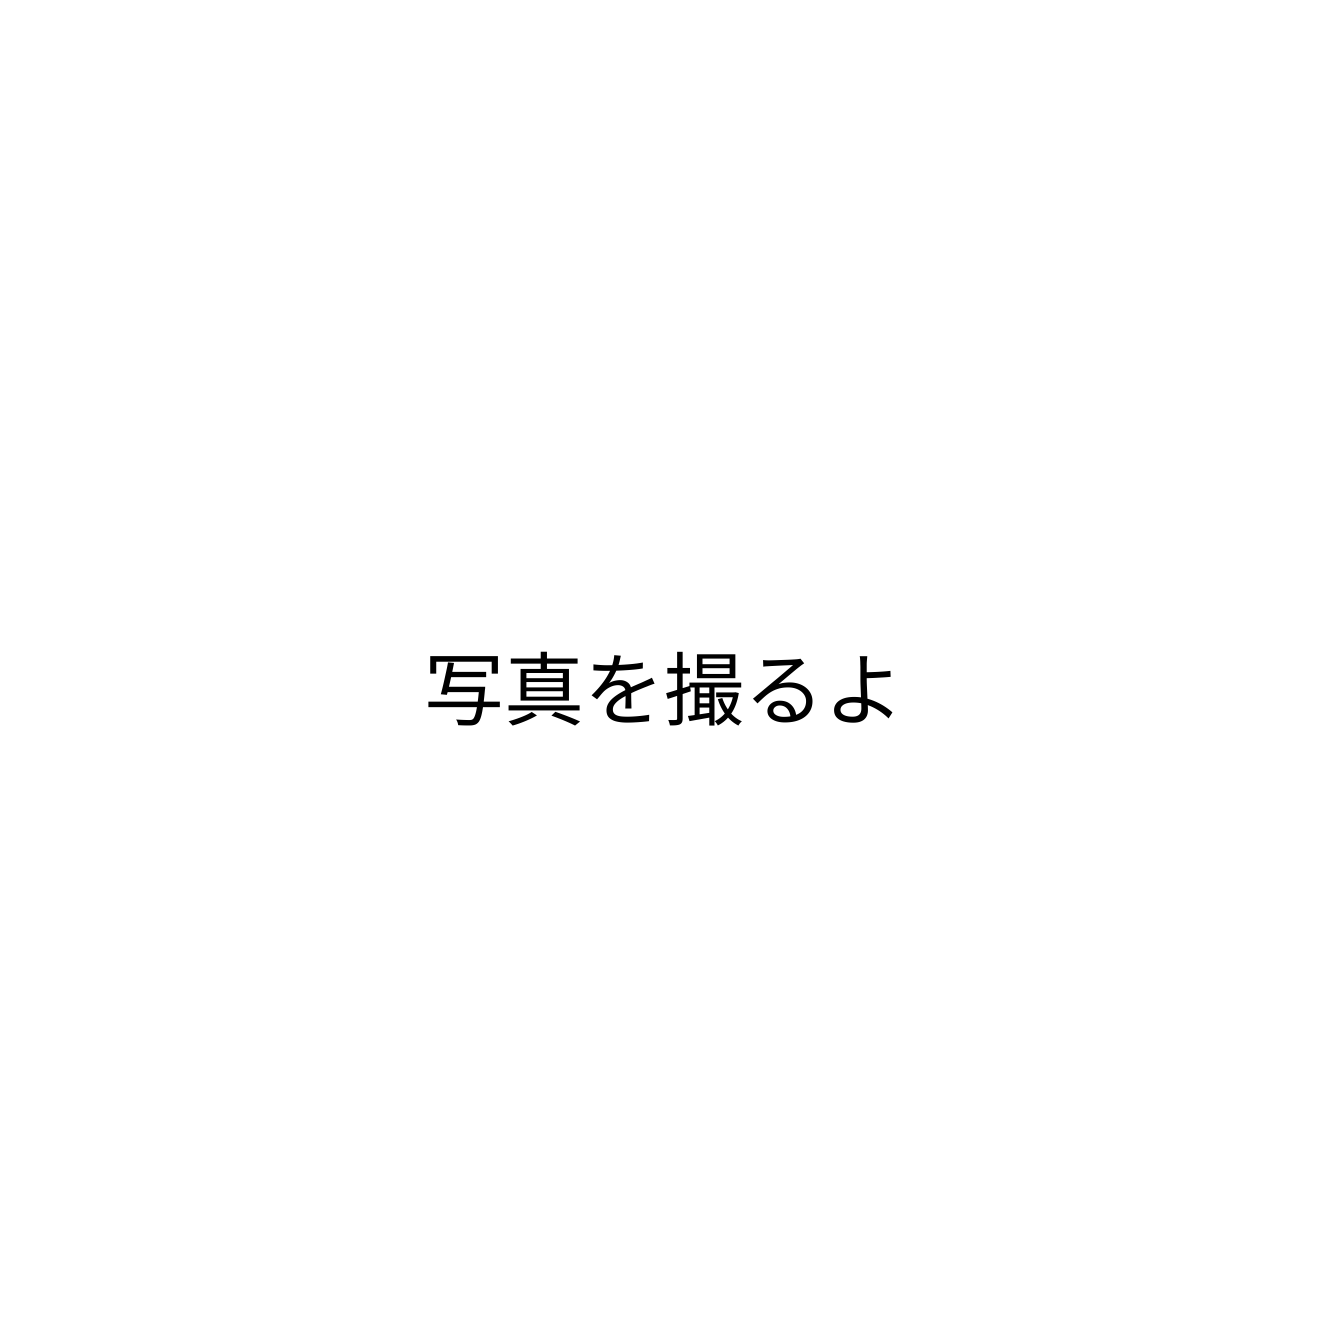
写真を撮るよ